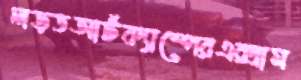
লড়তআর্টক্যাম্পেরএক্সাম